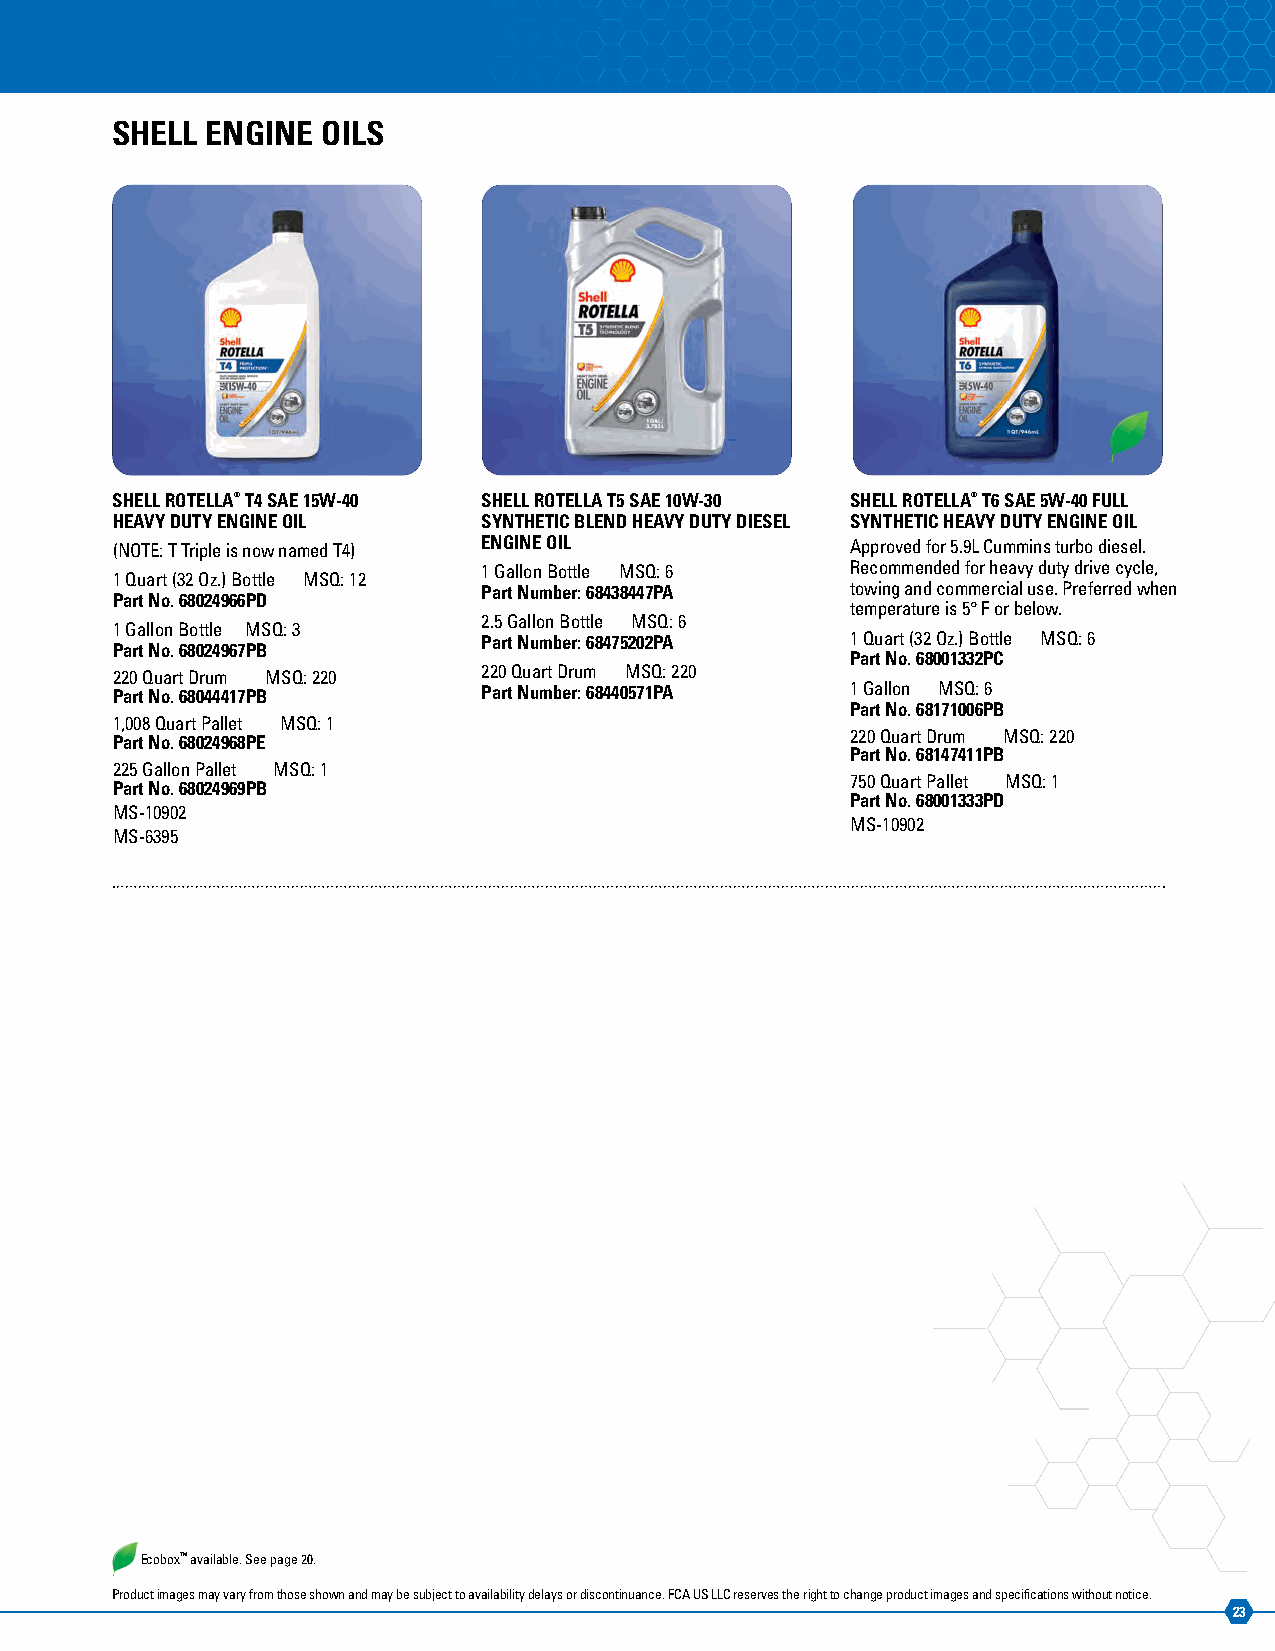
SHELL  ENGINE OILS
 SHELL ROTELLA® T4 SAE 15W-40 SHELL ROTELLA T5 SAE 10W-30 SHELL ROTELLA® T6 SAE 5W-40 FULL
 HEAVY DUTY ENGINE OIL    SYNTHETIC BLEND HEAVY DUTY DIESEL SYNTHETIC HEAVY DUTY ENGINE OIL
 (NOTE: T Triple is now named T4) ENGINE OIL      Approved for 5.9L Cummins turbo diesel.
 1 Gallon Bottle MSQ: 6  Recommended for heavy duty drive cycle,
 1 Quart (32 Oz.) Bottle MSQ: 12
 Part Number: 68438447PA towing and commercial use. Preferred when
 Part No. 68024966PD
 temperature is 5° F or below.
 2.5 Gallon Bottle MSQ: 6
 1 Gallon Bottle MSQ: 3
 Part Number: 68475202PA 1 Quart (32 Oz.) Bottle MSQ: 6
 Part No. 68024967PB
 Part No. 68001332PC
 220 Quart Drum MSQ: 220  220 Quart Drum MSQ: 220
 Part No. 68044417PB      Part Number: 68440571PA 1 Gallon MSQ: 6
 Part No. 68171006PB
 1,008 Quart Pallet MSQ: 1
 220 Quart Drum MSQ: 220
 Part No. 68024968PE
 Part No. 68147411PB
 225 Gallon Pallet MSQ: 1
 750 Quart Pallet MSQ: 1
 Part No. 68024969PB
 Part No. 68001333PD
 MS-10902
 MS-10902
 MS-6395
 EcoboxTM available. See page 20.
 Product images may vary from those shown and may be subject to availability delays or discontinuance. FCA US LLC reserves the right to change product images and specifications without notice.
 23